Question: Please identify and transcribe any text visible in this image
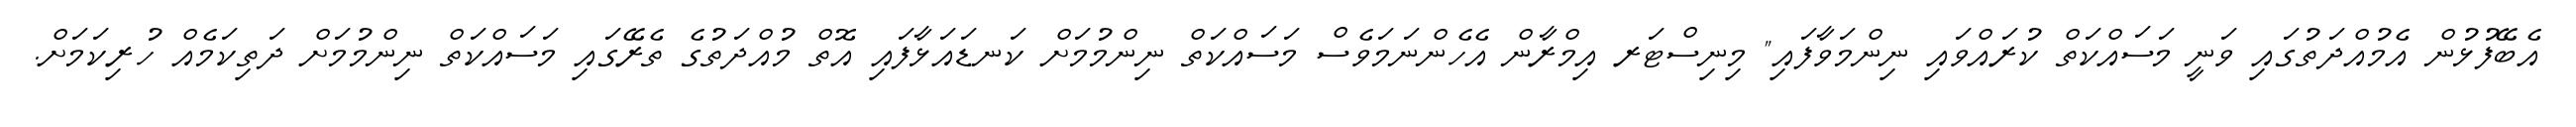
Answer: އެބޭފުޅުން އެމުއްދަތުގައި ވަނީ މަސައްކަތް ކުރައްވައި ނިންމަވާފައި" މިނިސްޓަރ އިމްރާން އެހެންނަމަވެސް މަސައްކަތް ނިންމުމަށް ކަނޑައަޅާފައި އޮތް މުއްދަތުގެ ތެރޭގައި މަސައްކަތް ނިންމުމަށް ދަތިކަމެއް ހުރިކަމަށް.